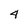
Character: 4